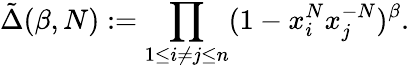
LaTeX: \tilde{\Delta}(\beta,N):=\prod_{1\leq i\neq j\leq n}(1-x_{i}^{N}x_{j}^{-N})^{\beta}.